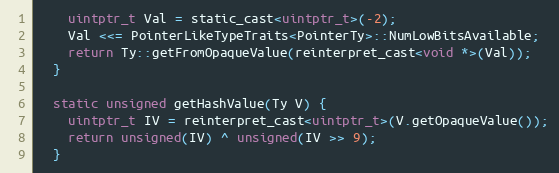
Language: C
    uintptr_t Val = static_cast<uintptr_t>(-2);
    Val <<= PointerLikeTypeTraits<PointerTy>::NumLowBitsAvailable;
    return Ty::getFromOpaqueValue(reinterpret_cast<void *>(Val));
  }

  static unsigned getHashValue(Ty V) {
    uintptr_t IV = reinterpret_cast<uintptr_t>(V.getOpaqueValue());
    return unsigned(IV) ^ unsigned(IV >> 9);
  }